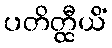
ပတိတ္ထီယိံ